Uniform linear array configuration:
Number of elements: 16
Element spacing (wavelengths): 0.5
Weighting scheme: exponential
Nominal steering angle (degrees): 45
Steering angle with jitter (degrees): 45.634
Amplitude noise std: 0.05
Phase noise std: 0.05

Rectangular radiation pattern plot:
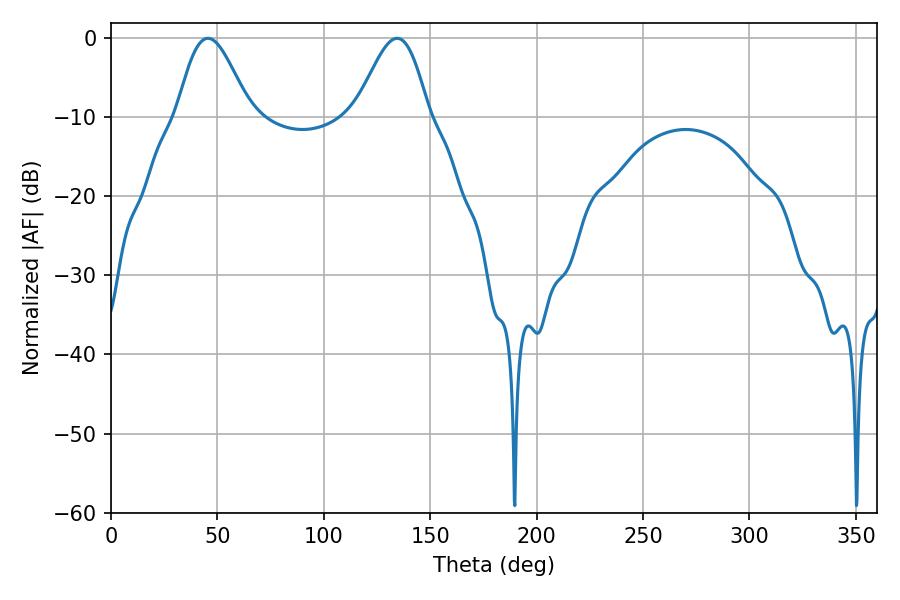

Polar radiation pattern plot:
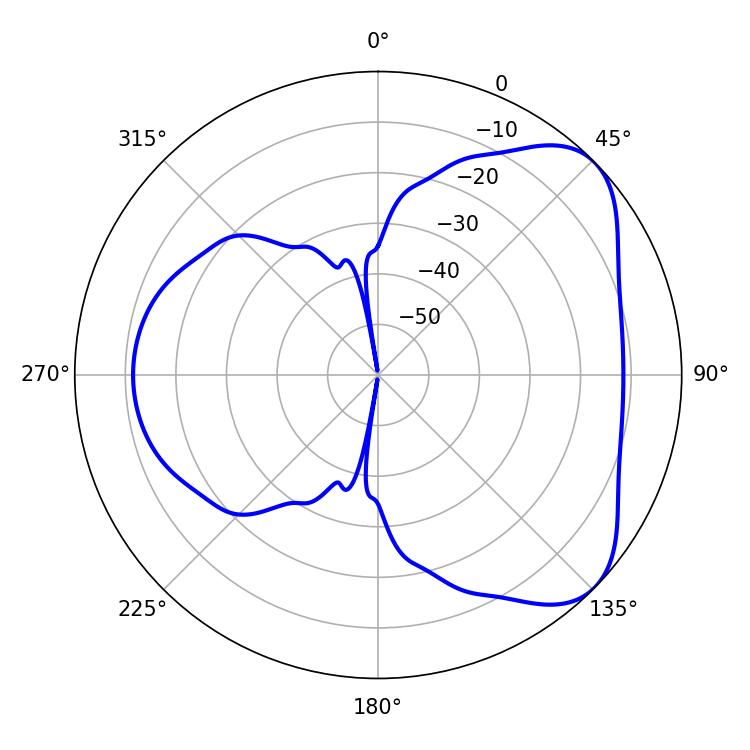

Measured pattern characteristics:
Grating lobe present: FALSE
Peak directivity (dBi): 5.796
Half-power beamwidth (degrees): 18.18
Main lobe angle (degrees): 45.54